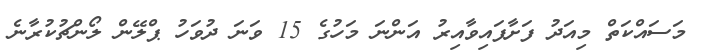
މަސައްކަތް މިއަދު ފަށާފައިވާއިރު އަންނަ މަހުގެ 15 ވަނަ ދުވަހު ޕްލޭން ލޯންޗުކުރާނެ